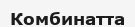
Комбинатта